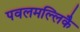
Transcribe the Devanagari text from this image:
पवलमल्लिकै